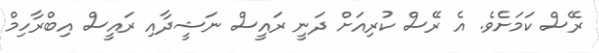
ރޭސް ކަމަށެވެ. އެ ރޭސް ކުރިއަށް ދަނީ ރައީސް ނަޝީދާއި ރައީސް އިބްރާހިމް